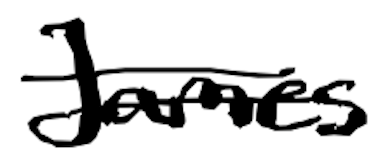
Text: James
Cross-out: double-line
Writing tool: digital_black